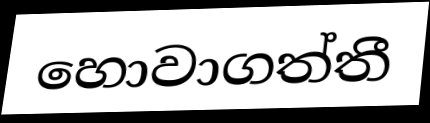
හොවාගත්තී